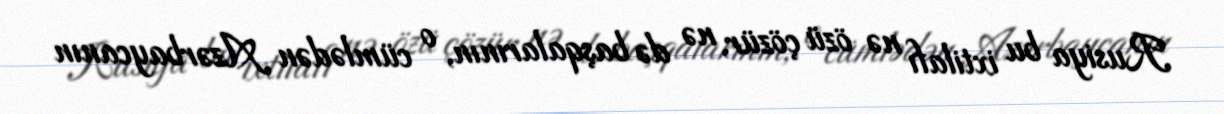
Rusiya bu ixtilafı nə özü çözür, nə də başqalarının, o cümlədən Azərbaycanın